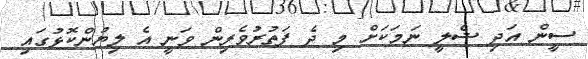
ސީން އަދި ޝެލީ ނަމަކަށް މި ދެ ފަތުރުވެރިން ވަނީ އެ ލިޔުންކޮޅުގައި